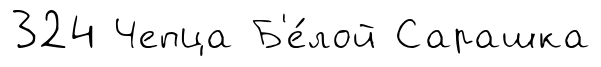
324 Чепца Б'е́лой Сарашка